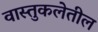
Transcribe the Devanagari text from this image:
वास्तुकलेतील